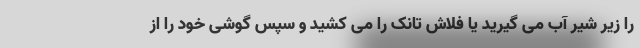
را زیر شیر آب می گیرید یا فلاش تانک را می کشید و سپس گوشی خود را از